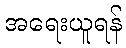
အရေးယူရန်